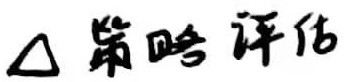
$\triangle$ 策略评估